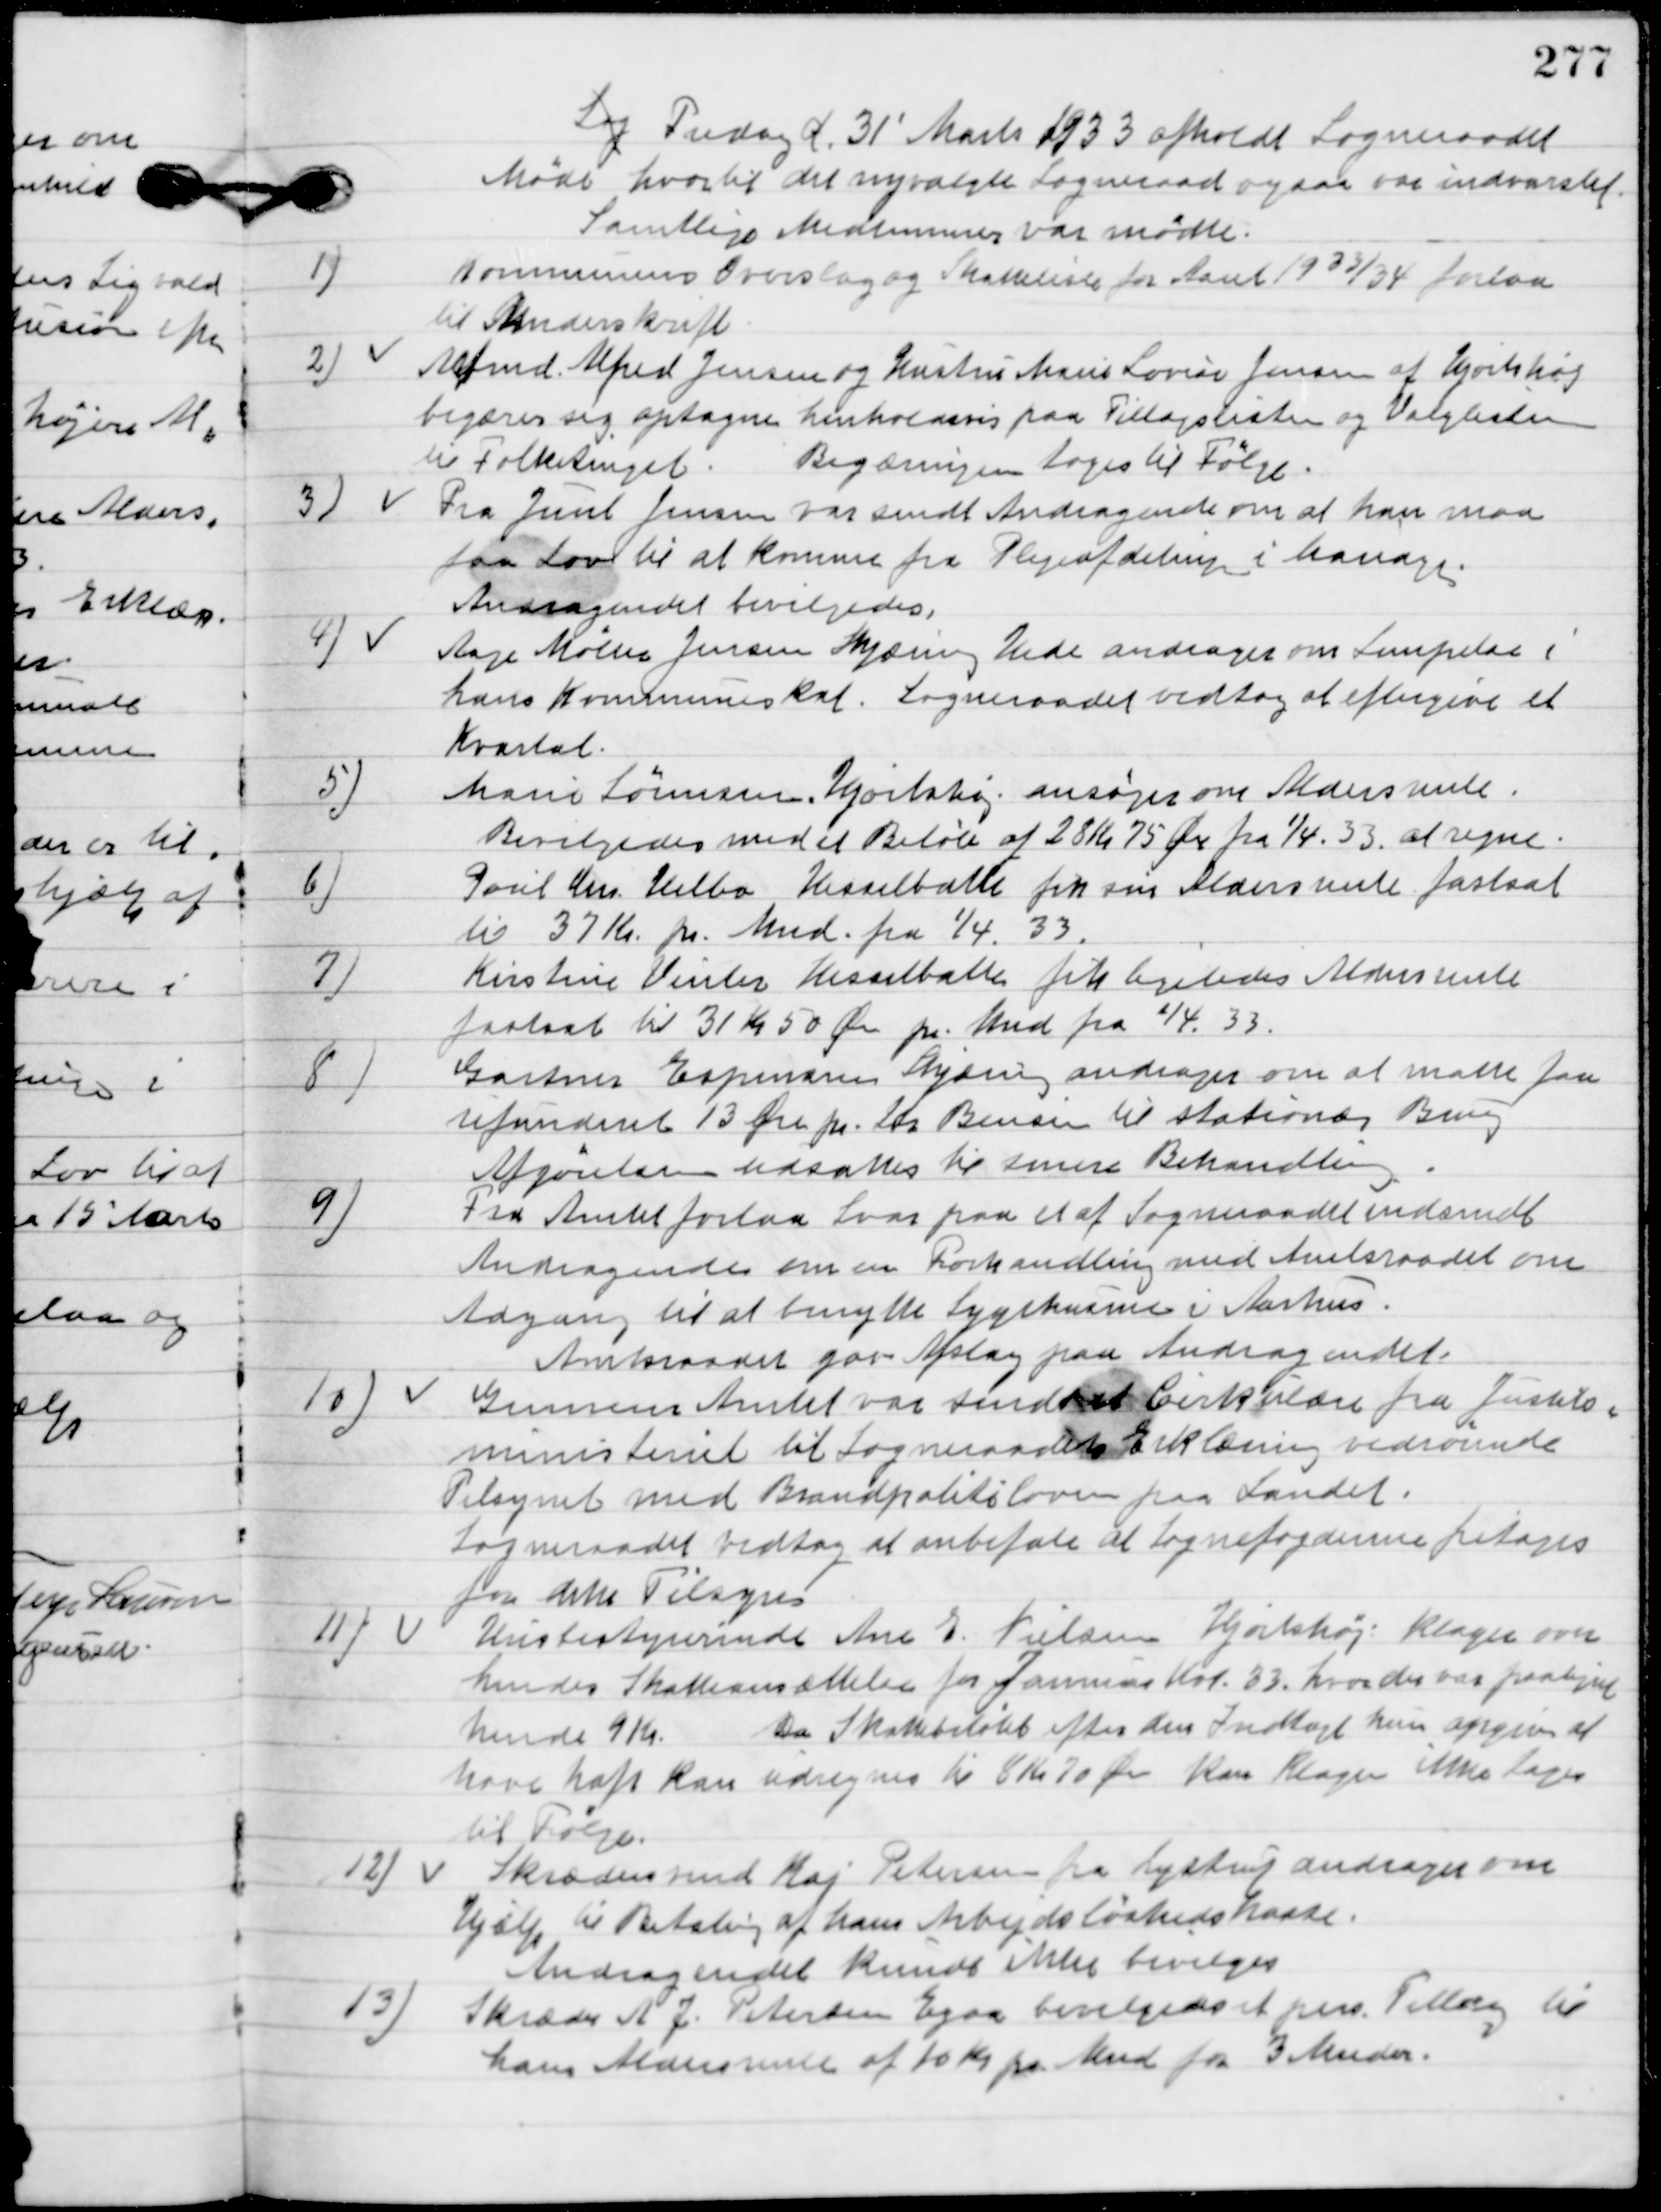
Transskription:
Torsdag d. 31´Marts 1933 afholdt Sogneraadet
Møde hvortil det nyvalgtes sogneraad ogsaa var indvarslet.
Samtlige Medlemmer var mødte.

1

Kommunens Overslag og Skattelister for Marts 1933/34 forelaa
til Underskrift.

2

Arbmd. Alfred Jensen og Hustru Marie Louise Jensen af Hjortshøj 
begærer sig optagne henholdsvis paa Tillægslisten og Valglisten 
til Folketinget.
Begæringen toges til følge.

3

Fra Juul Jensen var sendt Andragende om at han maa
faa Lov til at komme fra Plejeafdelingen i Mariager.
Andragendet bevilgedes.

4

Aage Møller Jensen Skjæring Hede andrager om Lempelse i
hans Kommunale skat.
Sogneraadet vedtog at eftergive et
Kvartal.

5

Marie Sørensen Hjorthøj ansøger om Aldersrente.
Bevilgedes med et Beløb af 28 Kr. 75 Øre fra ¼ at regne.

6

Poul Chr. Helbo Hesselballe fik sin Aldersrente fastsat
til 37 Kr. pr. Mnd. fra ¼. 33.

7

Kirstine Vinter Hesselballe fik sin Aldersrente
fastsat til 31 Kr. 50 Øre pr. Mnd. fra ¼. 33.

8

Gartner Espersen Skjæring andrager om at maatte faa
refunderet 13 Øre pr. Hs Bensin til stationær Brug.
Afgørelsen udsattes til senere behandling.

9

Fra Amtet forelaa svar paa et af Sogneraadet indsendte 
Andragende om en Forhandling med Amtsraadet om 
Adgang til at benytte Sygehusene i Aarhus.
Amtsraadet gav Afslag paa Andragendet.

10

Gennem Amtet var sendt et Cirkulære fra Justits-
ministeriet til Sogneraadets Erklæring vedrørende
Tilsynet med Brandpolitiloven paa Landet.
Sogneraadet vedtog at anbefalde at sognefogderne fritages
fra dette Tilsyn

11

Husbestyrerinde Ane E. Nielsen Hjortshøj klager over
hendes Skatteansættelse for Januar Kvt. 33 hvor der var paalignet
hende 9 Kr.
Da Skattebeløbet efter den indtægt hun opgav at
have haft Kan udregnes til 8 Kr. 70 Øre Kan Klagen ikke tages
 til følge.

12

Skræddermester Kaj Petersen fra Lystrup andrager om
Hjælp til betaling af hans Arbejdsløshedskasse.
Andragendet kunne ikke bevilgedes.

13

Skrædder A. J. Petersen Egaa beregnedes et pers. Tillæg til
hans aldersrente af 10 Kr. Mnd. for 3 Mnder.